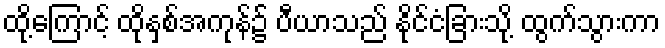
ထို့ကြောင့် ထိုနှစ်အကုန်၌ ပီယာသည် နိုင်ငံခြားသို့ ထွက်သွားကာ